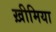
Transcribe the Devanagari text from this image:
ख़ीमिया